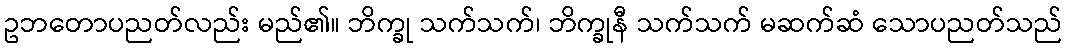
ဥဘတောပညတ်လည်း မည်၏။ ဘိက္ခု သက်သက်၊ ဘိက္ခုနီ သက်သက် မဆက်ဆံ သောပညတ်သည်